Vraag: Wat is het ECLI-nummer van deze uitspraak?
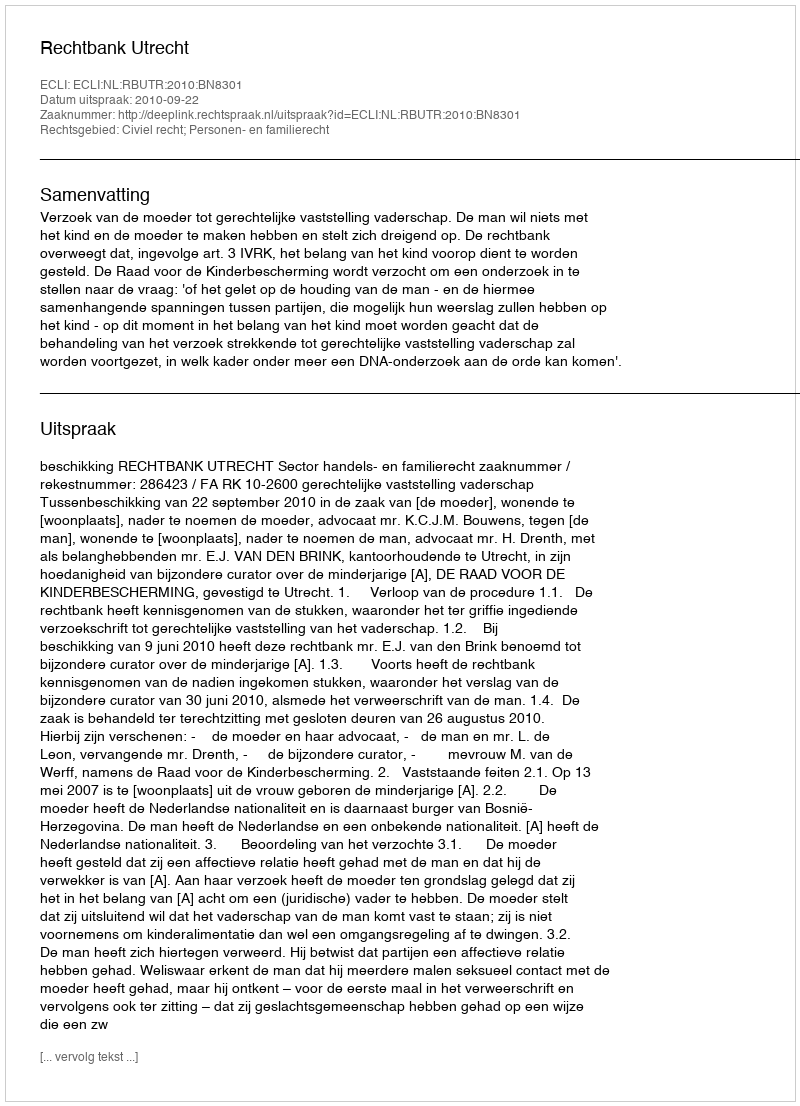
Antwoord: ECLI:NL:RBUTR:2010:BN8301